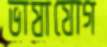
ভাষাযোগ